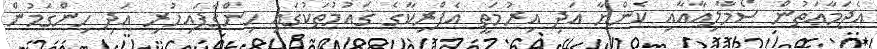
އެޖަމާޢަތުން ސޯމާލިއާއާއި ކެންޔާ އަދި އިރުމަތީ އެފްރިކާގެ ޤައުމުތަކުގައި ހިންގާފައިހުރި އަދި ހިންގަމުން